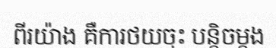
ពីរយ៉ាង គឺការថយចុះ បន្តិចម្តង